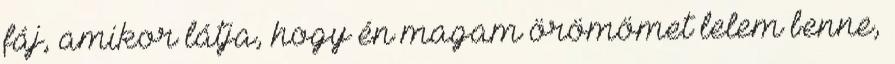
fáj, amikor látja, hogy én magam örömömet lelem benne,